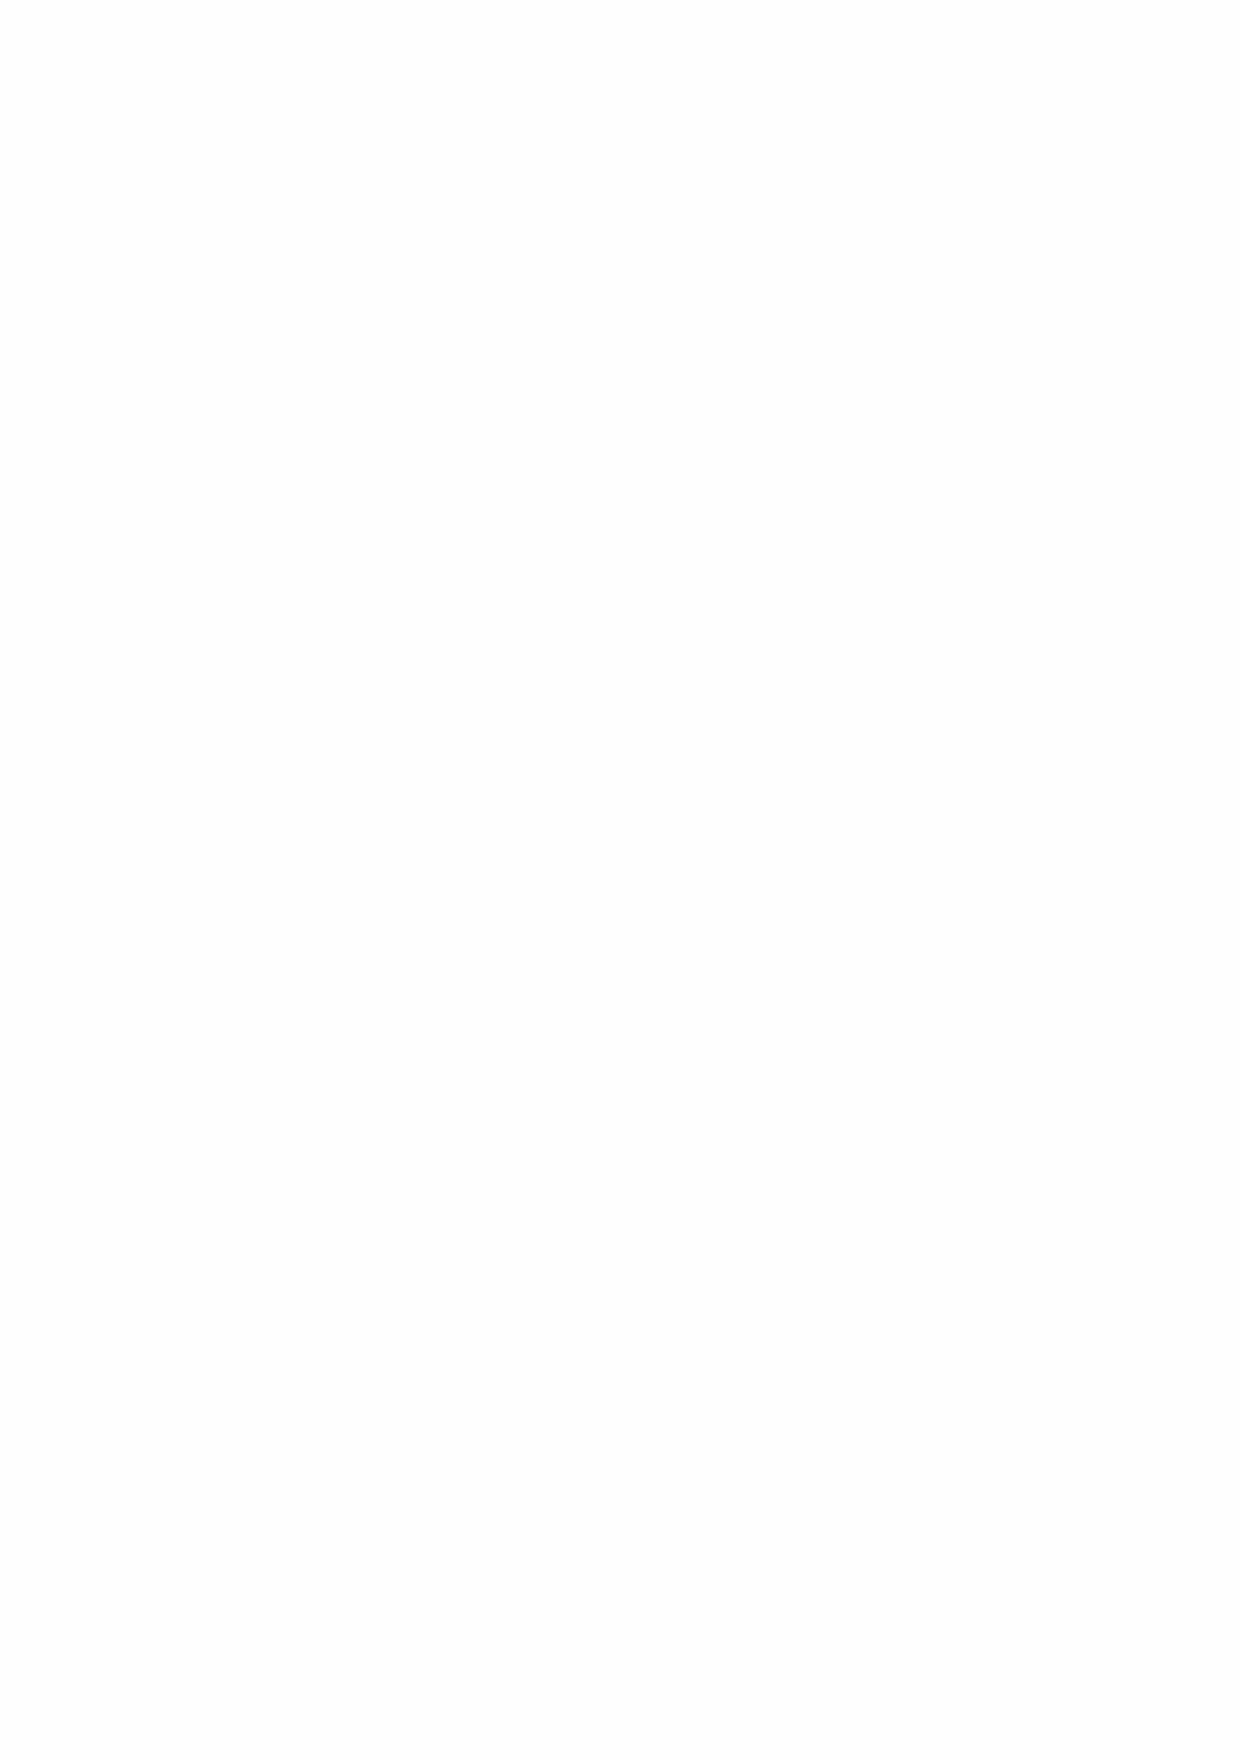
requirements. I believe that the audit evidence I have obtained is sufficient and appropriate to
 provide a basis for my opinion.
 Conclusions relating to going concern
 I have nothing to report in respect of the following matters in relation to which the ISAs (UK)
 require me to report to you where:
 •  the Greenwich Hospital’s use of the going concern basis of accounting in the preparation of
 the financial statements is not appropriate; or
 •  the Greenwich Hospital have not disclosed in the financial statements any identified material
 uncertainties that may cast significant doubt about the Greenwich Hospital’s ability to continue
 to adopt the going concern basis of accounting for a period of at least twelve months from the
 date when the financial statements are authorised for issue.
 Responsibilities of the Director
 As explained more fully in the Statement of Trustee’s and Director’s Responsibilities, the
 Director is responsible for the preparation of the financial statements and for being satisfied
 that they give a true and fair view.
 Auditor’s responsibilities for the audit of the financial statements
 My responsibility is to audit and express an opinion on the financial statements in accordance
 with the Greenwich Hospital Act 1865.
 An audit involves obtaining evidence about the amounts and disclosures in the financial
 statements sufficient to give reasonable assurance that the financial statements are free from
 material misstatement, whether caused by fraud or error. Reasonable assurance is a high
 level of assurance, but is not a guarantee that an audit conducted in accordance with ISAs
 (UK) will always detect a material misstatement when it exists. Misstatements can arise from
 fraud or error and are considered material if, individually or in the aggregate, they could
 reasonably be expected to influence the economic decisions of users taken on the basis of
 these financial statements.
 As part of an audit in accordance with ISAs (UK), I exercise professional judgment and
 maintain professional scepticism throughout the audit. I also:
 •  identify and assess the risks of material misstatement of the financial statements, whether due
 to fraud or error, design and perform audit procedures responsive to those risks, and obtain
 audit evidence that is sufficient and appropriate to provide a basis for my opinion. The risk of
 not detecting a material misstatement resulting from fraud is higher than for one resulting from
 error, as fraud may involve collusion, forgery, intentional omissions, misrepresentations, or
 the override of internal control.
 •  obtain an understanding of internal control relevant to the audit in order to design audit
 procedures that are appropriate in the circumstances, but not for the purpose of expressing
 an opinion on the effectiveness of the group’s and the Greenwich Hospital’s internal control.
 •  evaluate the appropriateness of accounting policies used and the reasonableness of
 accounting estimates and related disclosures made by management.
 •  evaluate the overall presentation, structure and content of the financial statements, including
 the disclosures, and whether the consolidated financial statements represent the underlying
 transactions and events in a manner that achieves fair presentation.
 •  obtain sufficient appropriate audit evidence regarding the financial information of the entities
 or business activities within the Group to express an opinion on the consolidated financial
 statements. I am responsible for the direction, supervision and performance of the group audit.
 I remain solely responsible for my audit opinion.
 31